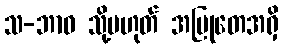
သ-ဘာဝ သို့မဟုတ် အမြုတေအရှိ